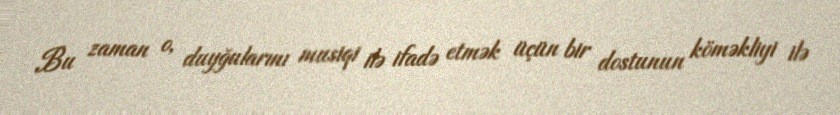
Bu zaman o, duyğularını musiqi ilə ifadə etmək üçün bir dostunun köməkliyi ilə